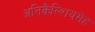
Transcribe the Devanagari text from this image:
अतिकैल्शियमेह